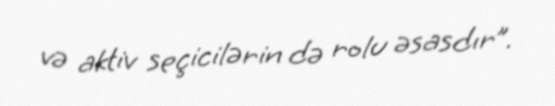
və aktiv seçicilərin də rolu əsasdır”.